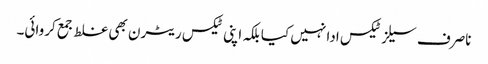
ناصرف سیلز ٹیکس ادا نہیں کیا بلکہ اپنی ٹیکس ریٹرن بھی غلط جمع کروائی۔